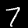
Label: 7